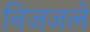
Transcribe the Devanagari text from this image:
निजजले